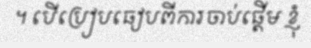
។ បើប្រៀបធៀបពីការចាប់ផ្តើម ខ្ញុំ